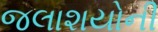
જલાશયોની